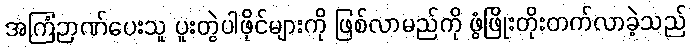
အကြံဉာဏ်ပေးသူ ပူးတွဲပါဖိုင်များကို ဖြစ်လာမည်ကို ဖွံဖြိုးတိုးတက်လာခဲ့သည်